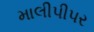
માલીપીપર